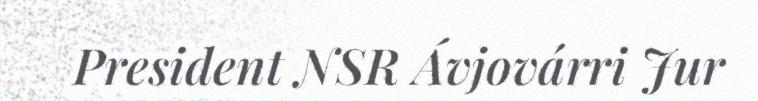
President NSR Ávjovárri Jur